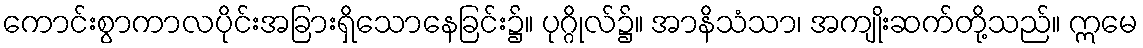
ကောင်းစွာကာလပိုင်းအခြားရှိသောနေခြင်း၌။ ပုဂ္ဂိုလ်၌။ အာနိသံသာ၊ အကျိုးဆက်တို့သည်။ ဣမေ